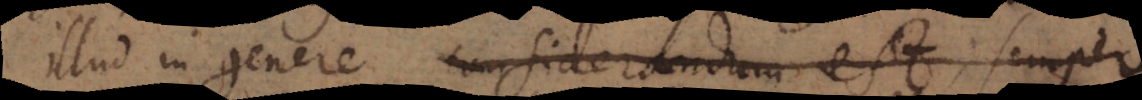
illud in genere considerandum est; semper